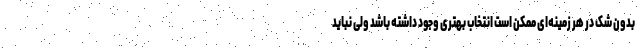
بدون شک در هر زمینه‌ای ممکن است انتخاب بهتری وجود داشته باشد ولی نباید